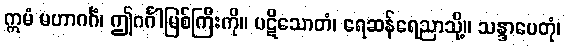
ဣမံ မဟာဂင်္ဂံ၊ ဤဂင်္ဂါမြစ်ကြီးကို။ ပဋိသောတံ၊ ရေဆန်ရေညာသို့။ သန္ဒာပေတုံ၊